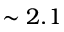
\sim 2 . 1